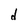
Character: d